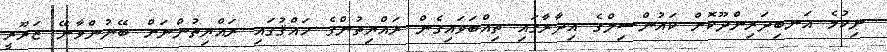
ނިކުމެ އަނބިދަރިންދޫކޮށް ކައުންސިލްގެ އިދާރާގައި ތިއްބަވައިގެން ރައްޔިތުންގެ ހައްޤުގައި ރައްޔިތުންނަށް ބޭނުންވާނޭ ޒަރޫރީ